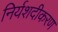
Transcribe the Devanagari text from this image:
निर्यशदीकरण